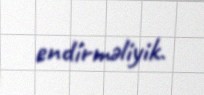
endirməliyik.